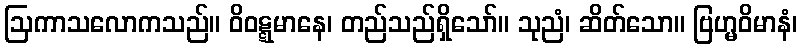
ဩကာသလောကသည်။ ဝိဝဋ္ဋမာနေ၊ တည်သည်ရှိသော်။ သုညံ၊ ဆိတ်သော။ ဗြဟ္မဝိမာနံ၊